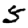
Digit: 5